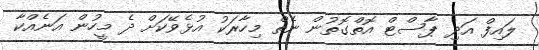
ލައިފް އަދި ޕާސްޓް އޮތްގޮތުން ނެތް މިހާރަކު އުޅެވޭކަށް ދެ މީހުން އަނެއްކާ